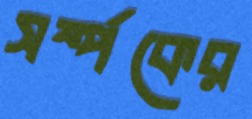
সর্ম্পকের